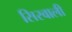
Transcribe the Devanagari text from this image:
सिरवाली